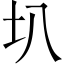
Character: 圦